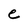
Character: e